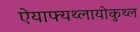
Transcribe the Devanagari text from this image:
ऐयाफ्यथ्लायोकुथ्ल